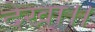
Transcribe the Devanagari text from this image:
देखा।।